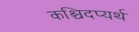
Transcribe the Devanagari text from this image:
कश्चिदप्यर्थ